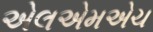
એલએમએચ